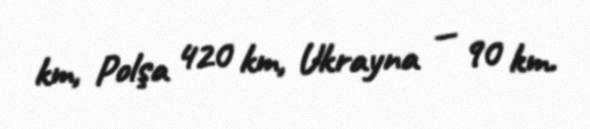
km, Polşa 420 km, Ukrayna — 90 km.